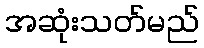
အဆုံးသတ်မည်